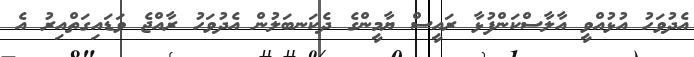
އެދުވަހު އުޅުއްވީ އާލާސްކަންފުޅާ ރައީސް ޔާމީންގެ ދެކަނބަލުން އެދުވަހު ރާއްޖެ ވަޑައިގަތްއިރު އެ